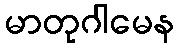
မာတုဂါမေန